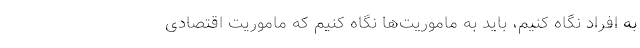
به افراد نگاه کنیم، باید به ماموریت‌ها نگاه ‌کنیم که ماموریت اقتصادی